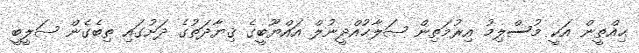
ޙިއްޠީން އަކީ މުސްލިމު އިރުމަތިން ޞަލާޙުއްދީނުލް އައްޔޫބީގެ ޤިޔާދަތުގެ ދަށުގައި ތިބެގެން ޞަލީބީ